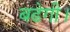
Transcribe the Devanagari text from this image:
बढेगी।